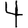
Digit: 4